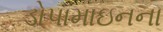
ડોપામાઇનના